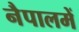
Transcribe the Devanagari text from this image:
नैपालमें